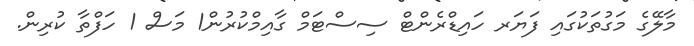
މާލޭގެ މަގުތަކުގައި ފަޔަރ ހައިޑްރެންޓް ސިސްޓަމް ގާއިމްކުރުން1 މަސް 1 ހަފްތާ ކުރިން.